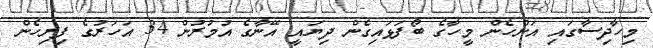
މިހާދިސާގައި އަންހެން މީހާގެ ބޯފަޅައިގެން ދިޔައީ އޭނާގެ އުމުރުން 34 އަހަރުގެ ފިރިހެން